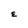
Character: E